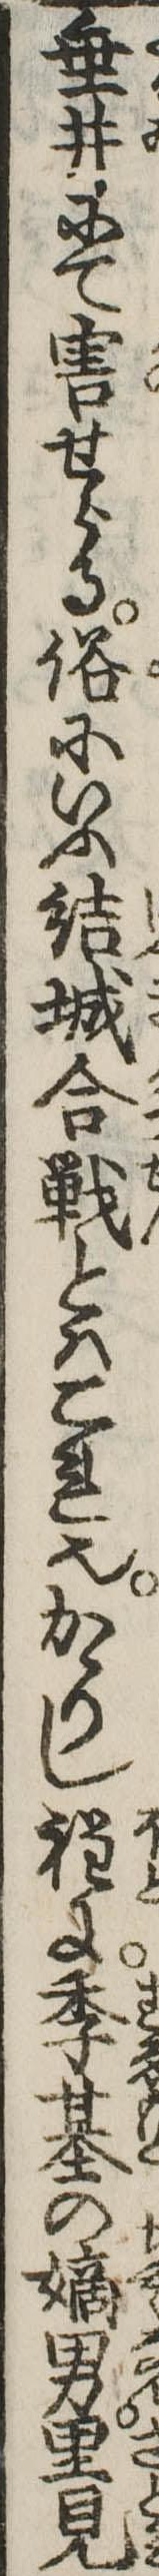
垂井にて害せらる俗にいふ結城合戦とはこれ也かゝりし程に季基の嫡男里見